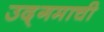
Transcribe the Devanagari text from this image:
उद्‌गमाची